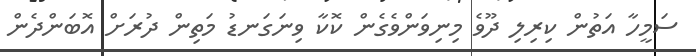
ސަމީހާ އަތުން ކިރިލި ދޫވެ މިނިވަންވެގެން ކޮކާ ވިނަގަނޑު މަތިން ދުރަށް އޮބަންދެން